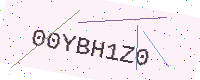
Text: 00YBH1Z0